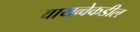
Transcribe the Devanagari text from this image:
वायव्वेकडील